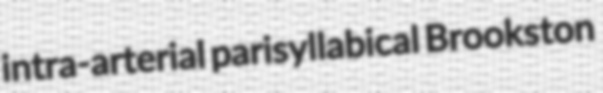
intra-arterial parisyllabical Brookston